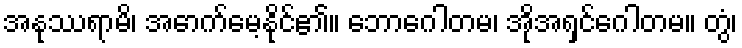
အနုဿရာမိ၊ အောက်မေ့နိုင်၏။ ဘောဂေါတမ၊ အိုအရှင်ဂေါတမ။ တွံ၊